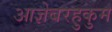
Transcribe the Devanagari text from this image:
आज्ञेबरहुकुम